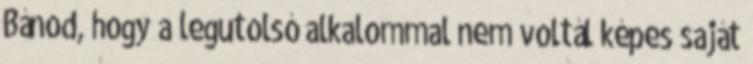
Bánod, hogy a legutolsó alkalommal nem voltál képes saját